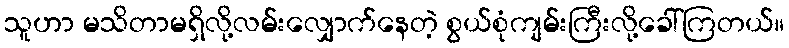
သူဟာ မသိတာမရှိလို့လမ်းလျှောက်နေတဲ့ စွယ်စုံကျမ်းကြီးလို့ခေါ်ကြတယ်။